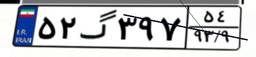
۵۲گ۳۹۷۵۴